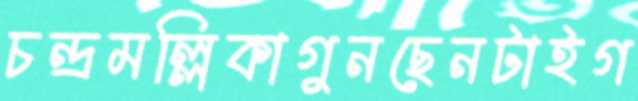
চন্দ্রমল্লিকাগুনছেনটাইগ